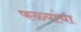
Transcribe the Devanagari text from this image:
फळ्यांचा